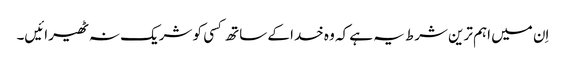
اِن میں اہم ترین شرط یہ ہے کہ وہ خدا کے ساتھ کسی کو شریک نہ ٹھیرائیں۔